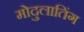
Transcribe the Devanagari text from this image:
मोदुलातिंग